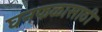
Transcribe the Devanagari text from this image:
घनफळासाठी